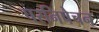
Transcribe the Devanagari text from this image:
परनिषेचन